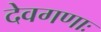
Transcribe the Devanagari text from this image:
देवगणाः